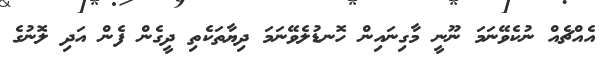
އެއްޗެއް ނުކެވޭނަމަ ނޫނީ މާގިނައިން ހޮނޑުލެވޭނަމަ ދިޔާތަކެތި ދީގެން ފެން އަދި ލޮނުގެ